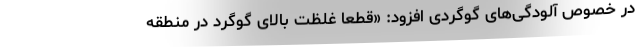
در خصوص آلودگی‌های گوگردی افزود: «قطعاً غلظت بالای گوگرد در منطقه